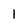
Character: l